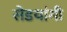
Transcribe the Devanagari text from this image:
सेडयांगी